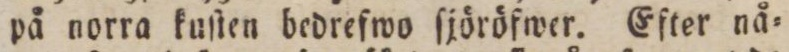
på norra kuſten bedrefwo ſjöröfwer. Efter nå=